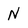
Character: N